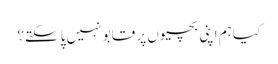
کیا ہم اپنی بچیوں پر قابو نہیں پاسکتے؟